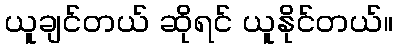
ယူချင်တယ် ဆိုရင် ယူနိုင်တယ်။